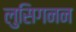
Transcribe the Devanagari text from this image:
लुसिगनन